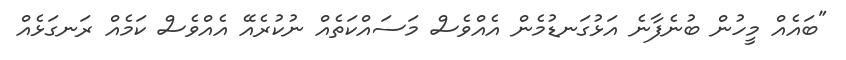
"ބައެއް މީހުން ބުނެފާނެ އަޅުގަނޑުމެން އެއްވެސް މަސައްކަތެއް ނުކުރެއޭ އެއްވެސް ކަމެއް ރަނގަޅެއް